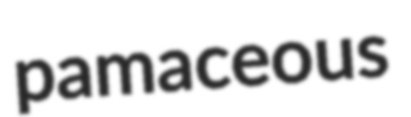
pamaceous